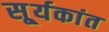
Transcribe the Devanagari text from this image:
सू्र्यकांत